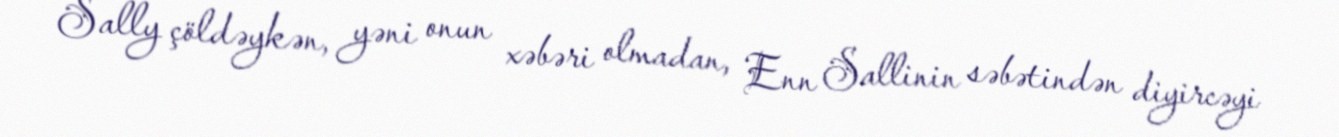
Sally çöldəykən, yəni onun xəbəri olmadan, Enn Sallinin səbətindən diyircəyi